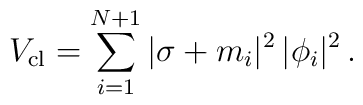
V_{\rm cl} = \sum_{i=1}^{N+1} |\sigma + m_{i}|^{2}\, |\phi_{i}|^{2}\, .